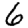
Digit: 6